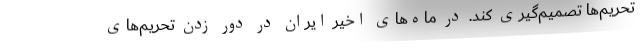
تحریم‌ها تصمیم‌گیری کند. در ماه‌های اخیر ایران در دور زدن تحریم‌های